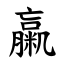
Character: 䊨